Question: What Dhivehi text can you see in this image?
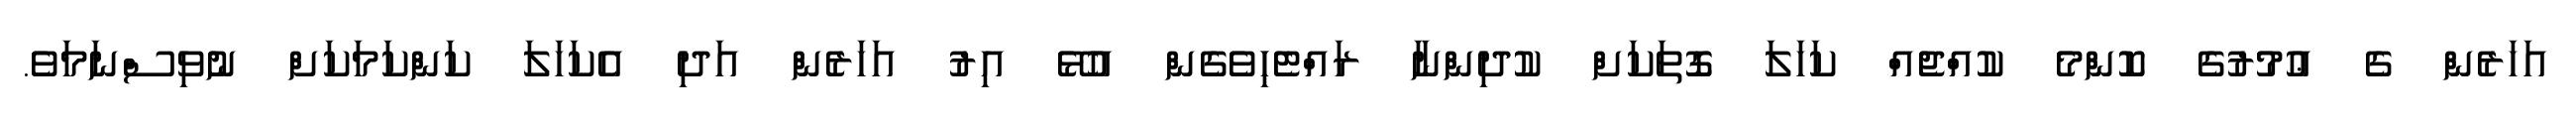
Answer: އަހަރެން ގެ ޢުމުރުގެ ކޮންމެ ކުއްޖެއް ކަހަލަ ގޮތަކަށް ކުދިންނާ ރައްޓެހިވެގެން އުޅޭ އިރު އަހަރެން އަދި އެކަހަލަ ކަންކަމަކަށް ނުވިސްނަމަވެ.